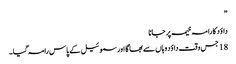
”
داؤد کا را مہ خیمہ پر جانا
18 جس وقت داؤد وہاں سے بھا گا اور سموئیل کے پاس رامہ گیا۔